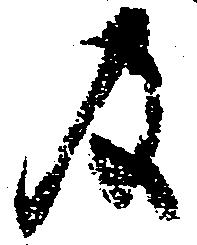
及